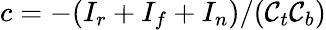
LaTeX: c=-(I_{r}+I_{f}+I_{n})/(\mathcal{C}_{t}\mathcal{C}_{b})